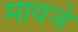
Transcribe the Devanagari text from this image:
मायजे